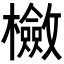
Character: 𣟺